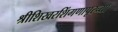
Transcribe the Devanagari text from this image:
श्रीशिखरशिंगणापूरच्या